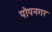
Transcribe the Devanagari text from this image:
पोपनगर